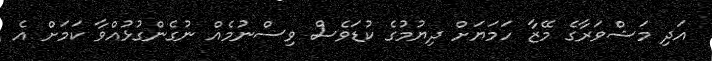
އަދި މަޝްވަރާގެ މޭޒާ ހަމަޔަށް ދިޔުމުގެ ކުޑަވެސް ވިސްނުމެއް ނުގެންގުޅުއްވާ ކަމަށް އެ